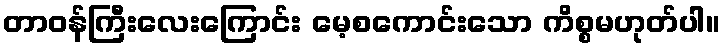
တာဝန်ကြီးလေးကြောင်း မေ့စကောင်းသော ကိစ္စမဟုတ်ပါ။